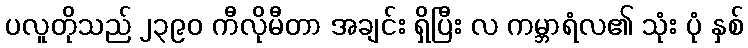
ပလူတိုသည် ၂၃၉၀ ကီလိုမီတာ အချင်း ရှိပြီး လ ကမ္ဘာရံလ၏ သုံး ပုံ နှစ်